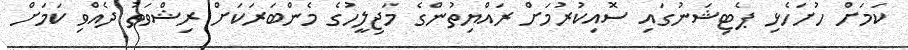
ކަމަށް ހުށަހެޅި ޕެޓިޝަނުގައި ސޮއިކުރުމަށް ރައްޔިތުންގެ މަޖިލީހުގެ މެންބަރަކަށް ރިޝްވަތު ދެއްވި ކަމަށް